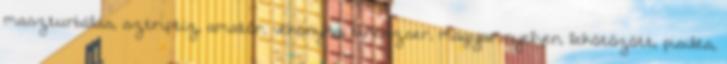
maszturbálás, sztriptíz, amatőr, vékonyka, tinédzser, magyar nyelven, lekötözött, pisilés,